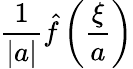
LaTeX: {\frac{1}{|a|}}{\hat{f}}\left({\frac{\xi}{a}}\right)